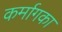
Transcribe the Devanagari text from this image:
कर्मागका